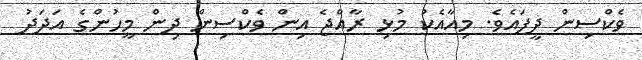
ވެކްސިން ދީފައެވެ. މިއާއެކު މުޅި ރާއްޖެ އިން ވެކްސިން ދިން މީހުންގެ އަދަދު